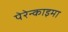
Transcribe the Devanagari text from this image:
पेरेन्काइमा